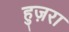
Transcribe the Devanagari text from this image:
हुज़रा